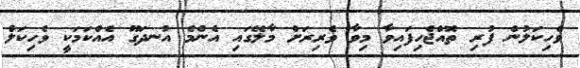
ވެހިކަލުން ފުރި ތޮއްޖެހިފައިވާ މިވާ ވެރިރަށް މާލޭގައި އެންމެ އުނދަގޫ އެއްކަމަކީ ވެހިކަލް